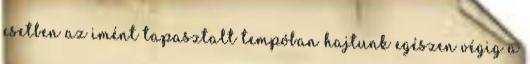
esetben az imént tapasztalt tempóban hajtunk egészen végig a